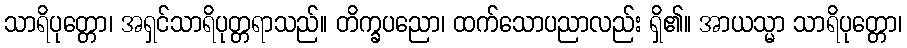
သာရိပုတ္တော၊ အရှင်သာရိပုတ္တရာသည်။ တိက္ခပညော၊ ထက်သောပညာလည်း ရှိ၏။ အာယသ္မာ သာရိပုတ္တော၊